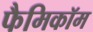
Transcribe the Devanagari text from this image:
फैमिकॉम